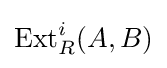
{\text{Ext}}_{R}^{i}(A,B)